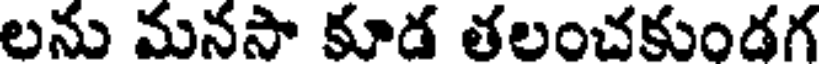
లను మనసా కూడ తలంచకుండగ